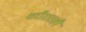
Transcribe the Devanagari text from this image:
शरीरातही